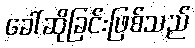
ခေါ်ဆိုခြင်းဖြစ်သည်